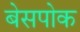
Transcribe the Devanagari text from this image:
बेसपोक